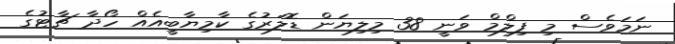
ނަމަވެސް މި ފިލްމް ވަނީ 38 މިލިޔަން ޑޮލަރުގެ ކާމިޔާބީއެއް ހޯދާ ޗާޓުގެ